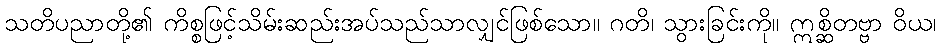
သတိပညာတို့၏ ကိစ္စဖြင့်သိမ်းဆည်းအပ်သည်သာလျှင်ဖြစ်သော။ ဂတိ၊ သွားခြင်းကို။ ဣစ္ဆိတဗ္ဗာ ဝိယ၊